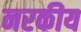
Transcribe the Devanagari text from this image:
नरकीय